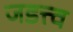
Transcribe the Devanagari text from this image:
जडत्त्व